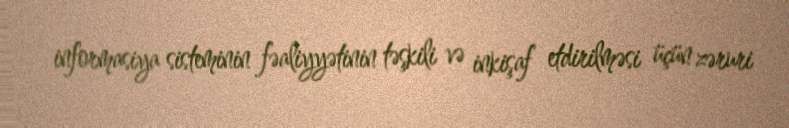
informasiya sisteminin fəaliyyətinin təşkili və inkişaf etdirilməsi üçün zəruri